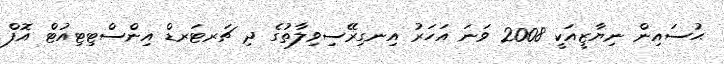
ޙުސައިން ނިޔާޒީއަކީ 2008 ވަނަ އަހަރު އިނގިރޭސިވިލާތުގެ ދި ޗަރޓަރޑް އިންސްޓިޓިއުޓް އޮފް